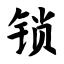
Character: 锁